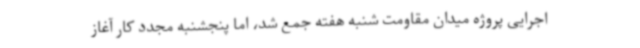
اجرایی پروژه میدان مقاومت شنبه هفته جمع شد، اما پنجشنبه مجدد کار آغاز